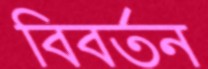
বিবর্তন